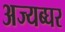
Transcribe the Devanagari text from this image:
अज्यब्घर